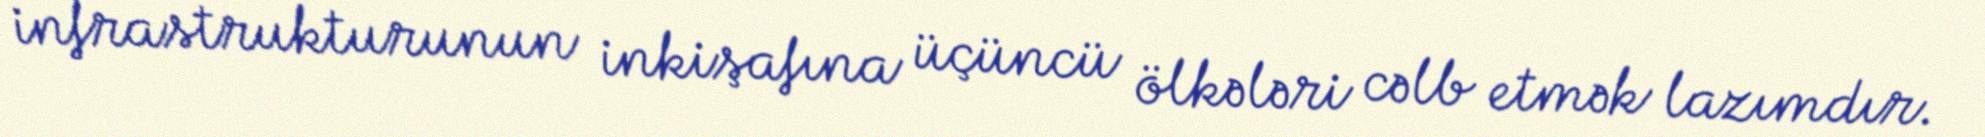
infrastrukturunun inkişafına üçüncü ölkələri cəlb etmək lazımdır.